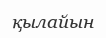
қылайын